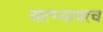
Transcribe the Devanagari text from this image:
आत्म्यावरच